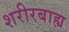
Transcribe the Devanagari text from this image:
शरीरबाह्य